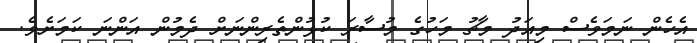
އެހެން ނަމަވެސް މިއަދު މާޗު މަހުގެ މުސާރަ ކުޅުންތެރިންނަށް ދެމުން އަންނަ ކަމަށެވެ.